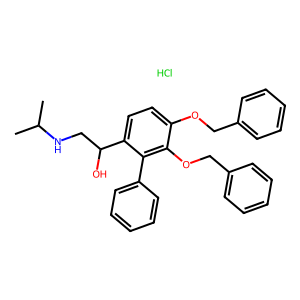
SMILES: CC(C)NCC(O)c1ccc(OCc2ccccc2)c(OCc2ccccc2)c1-c1ccccc1.Cl
Inhibits HIV replication: No